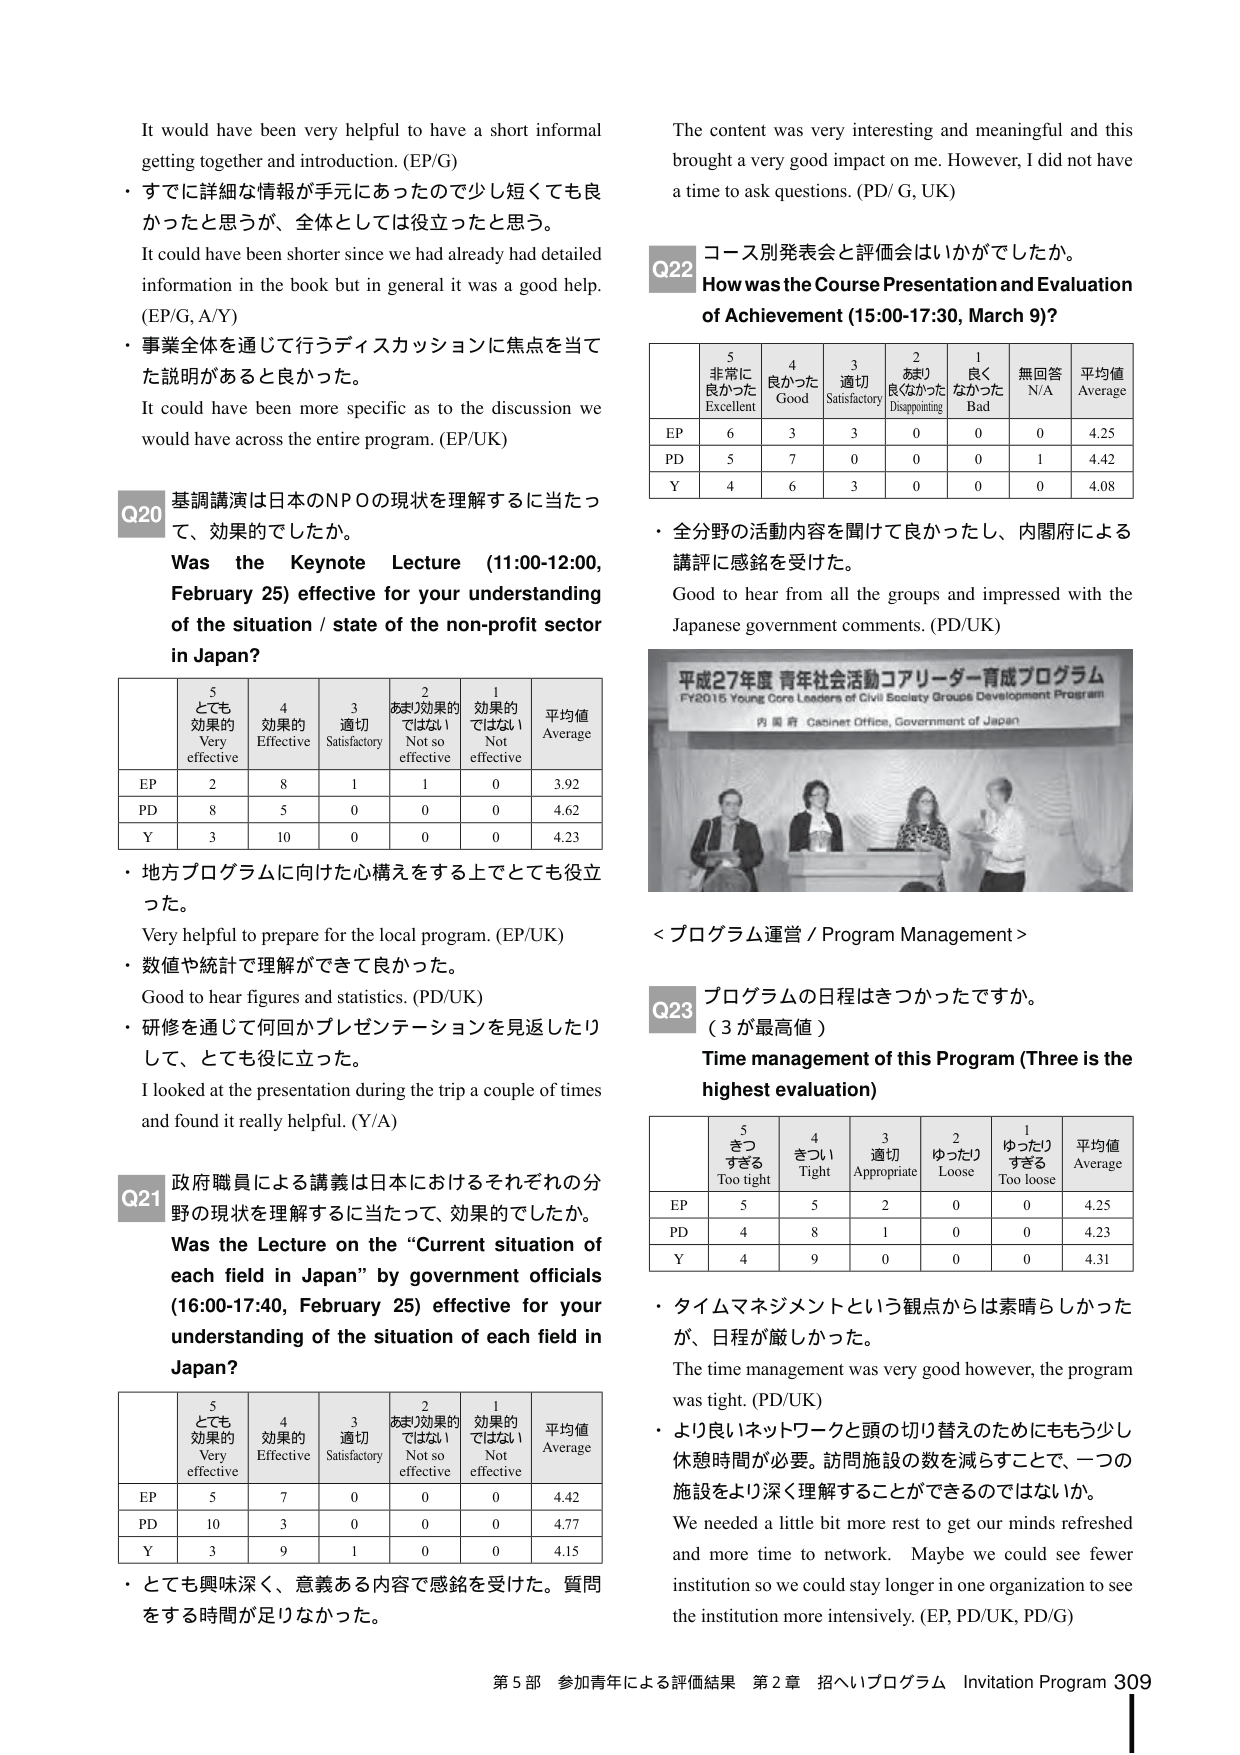
It would have been very helpful to have a short informal getting together and introduction. (EP/G)

・すでに詳細な情報が手元にあったので少し短くても良かったと思うが、全体としては役立ったと思う。
It could have been shorter since we had already had detailed information in the book but in general it was a good help. (EP/G, A/Y)

・事業全体を通じて行うディスカッションに焦点を当てた説明があると良かった。
It could have been more specific as to the discussion we would have across the entire program. (EP/UK)

Q20 基調講演は日本のNPOの現状を理解するに当たって、効果的でしたか。
Was the Keynote Lecture (11:00-12:00, February 25) effective for your understanding of the situation / state of the non-profit sector in Japan?

| 5 とても効果的 Very effective | 4 効果的 Effective | 3 適切 Satisfactory | 2 あまり効果的ではない Not so effective | 1 効果的ではない Not effective | 平均値 Average |
|---|---|---|---|---|---|
| EP | 2 | 8 | 1 | 1 | 0 | 3.92 |
| PD | 8 | 5 | 0 | 0 | 0 | 4.62 |
| Y | 3 | 10 | 0 | 0 | 0 | 4.23 |

・地方プログラムに向けた心構えをする上でも役立った。
Very helpful to prepare for the local program. (EP/UK)

・数値や統計で理解ができて良かった。
Good to hear figures and statistics. (PD/UK)

・研修を通じて何回かプレゼンテーションを見返したりして、とても役に立った。
I looked at the presentation during the trip a couple of times and found it really helpful. (Y/A)

Q21 政府職員による講義は日本におけるそれぞれの分野の現状を理解するに当たって、効果的でしたか。
Was the Lecture on the “Current situation of each field in Japan” by government officials (16:00-17:40, February 25) effective for your understanding of the situation of each field in Japan?

| 5 とても効果的 Very effective | 4 効果的 Effective | 3 適切 Satisfactory | 2 あまり効果的ではない Not so effective | 1 効果的ではない Not effective | 平均値 Average |
|---|---|---|---|---|---|
| EP | 5 | 7 | 0 | 0 | 0 | 4.42 |
| PD | 10 | 3 | 0 | 0 | 0 | 4.77 |
| Y | 3 | 9 | 1 | 0 | 0 | 4.15 |

・とても興味深く、意義ある内容で感銘を受けた。質問をする時間が足りなかった。

The content was very interesting and meaningful and this brought a very good impact on me. However, I did not have a time to ask questions. (PD/G, UK)

Q22 コース別発表会と評価会はいかがでしたか。
How was the Course Presentation and Evaluation of Achievement (15:00-17:30, March 9)?

| 5 非常に良かった Excellent | 4 良かった Good | 3 適切 Satisfactory | 2 あまり良くなかった Disappointing | 1 良くなかった Bad | 無回答 N/A | 平均値 Average |
|---|---|---|---|---|---|---|
| EP | 6 | 3 | 3 | 0 | 0 | 0 | 4.25 |
| PD | 5 | 7 | 0 | 0 | 0 | 1 | 4.42 |
| Y | 4 | 6 | 3 | 0 | 0 | 0 | 4.08 |

・全分野の活動内容を聞けて良かったし、内閣府による講評に感銘を受けた。
Good to hear from all the groups and impressed with the Japanese government comments. (PD/UK)

平成27年度 青年社会活動コーディネーター育成プログラム
FY2015 Young Core Leaders of Civil Society Groups Development Program
内閣府 Cabinet Office, Government of Japan

<プログラム運営 / Program Management>

Q23 プログラムの日程はきつかったですか。
（3が最高値）
Time management of this Program (Three is the highest evaluation)

| 5 きつすぎる Too tight | 4 きつい Tight | 3 適切 Appropriate | 2 ゆったり Loose | 1 ゆったりすぎる Too loose | 平均値 Average |
|---|---|---|---|---|---|
| EP | 5 | 5 | 2 | 0 | 0 | 4.25 |
| PD | 4 | 8 | 1 | 0 | 0 | 4.23 |
| Y | 4 | 9 | 0 | 0 | 0 | 4.31 |

・タイムマネジメントという観点からは素晴らしかったが、日程が厳しかった。
The time management was very good however, the program was tight. (PD/UK)

・より良いネットワークと頭の切り替えのためにももう少し休憩時間が必要。訪問施設の数を減らすことで、一つの施設をより深く理解することができるのではないか。
We needed a little bit more rest to get our minds refreshed and more time to network. Maybe we could see fewer institution so we could stay longer in one organization to see the institution more intensively. (EP, PD/UK, PD/G)

第5部 参加青年による評価結果 第2章 招へいプログラム Invitation Program 309